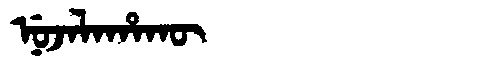
Manchu: ᠨᡠᠵᠠᠯᠠᡥᠠᡴᡡ
Romanization: NUJALAHAKŪ